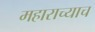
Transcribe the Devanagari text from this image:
महाराच्याच